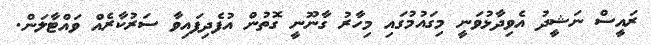
ރައީސް ނަޝީދު އެވިދާޅުވަނީ މިގައުމުގައި މިހާރު ގާނޫނީ ގޮތުން އުފެދިފައިވާ ސަރުކާރެއް ވައްޓާލަން.